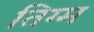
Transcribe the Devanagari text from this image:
तिग्म